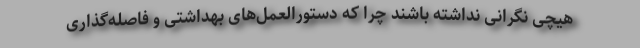
هیچی نگرانی نداشته باشند چرا که دستورالعمل‌های بهداشتی و فاصله‌گذاری